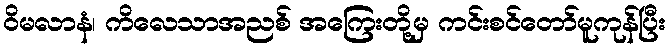
ဝိမလာနံ၊ ကိလေသာအညစ် အကြေးတို့မှ ကင်းစင်တော်မူကုန်ပြီး